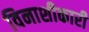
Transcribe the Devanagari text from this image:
विनाशीकारी